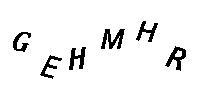
GEHMHR